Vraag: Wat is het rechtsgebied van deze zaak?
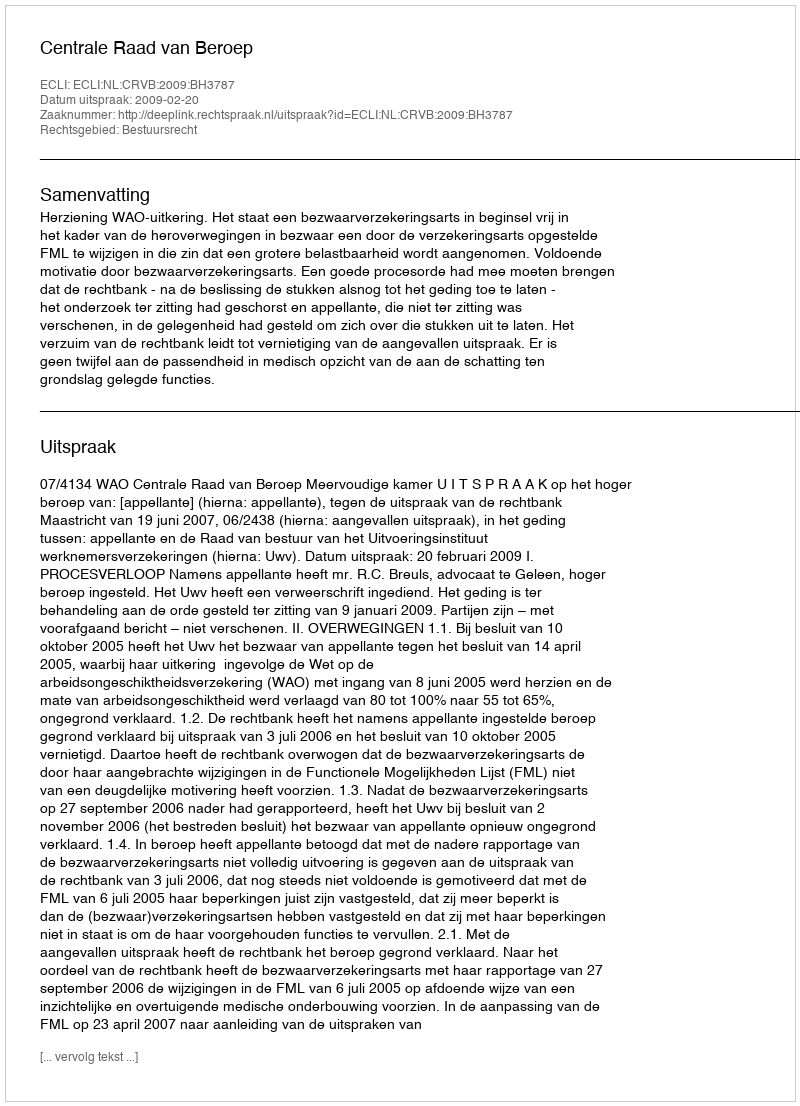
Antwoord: Bestuursrecht